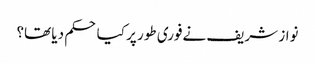
نواز شریف نےفوری طور پر کیا حکم دیا تھا؟